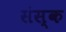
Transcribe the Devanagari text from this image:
संस्क